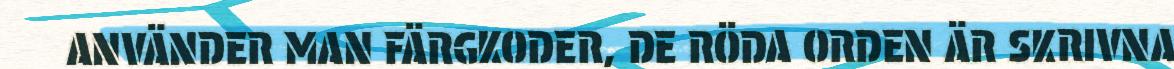
ANVÄNDER MAN FÄRGKODER, DE RÖDA ORDEN ÄR SKRIVNA